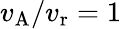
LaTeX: v_{\mathrm{A}}/v_{\mathrm{r}}=1